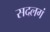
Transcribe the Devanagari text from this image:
सदलगं